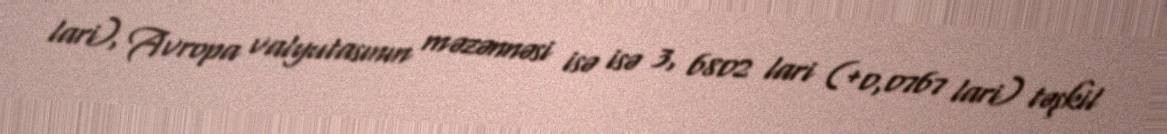
lari), Avropa valyutasının məzənnəsi isə isə 3, 6802 lari (+0,0767 lari) təşkil